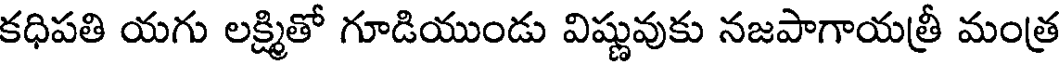
కధిపతి యగు లక్ష్మితో గూడియుండు విష్ణువుకు నజపాగాయత్రీ మంత్ర